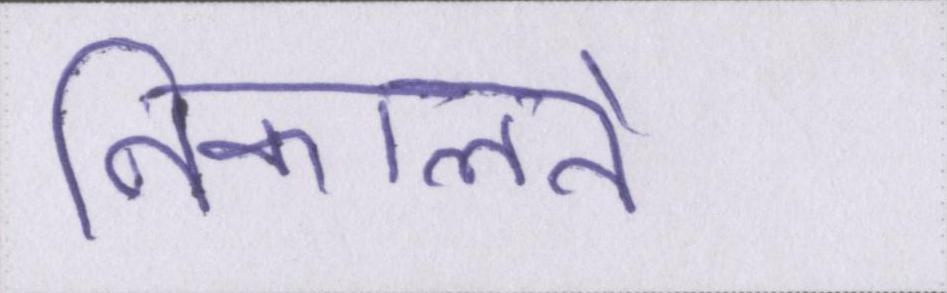
निकालते